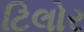
ટિલોર